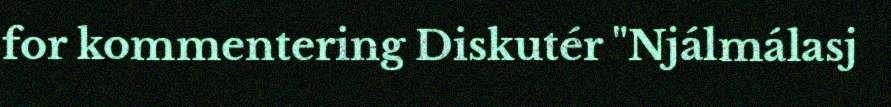
for kommentering Diskutér "Njálmálasj